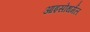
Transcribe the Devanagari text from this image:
आइसोथर्मल